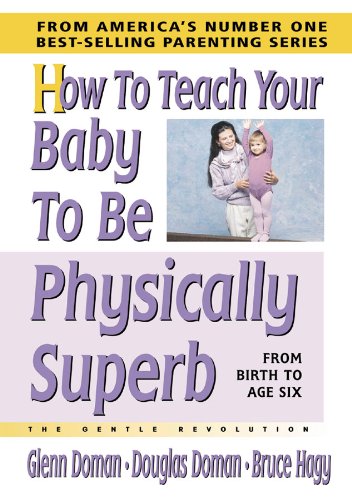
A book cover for How to Teach Your Baby to Be Physically Superb (The Gentle Revolution Series); Glenn Doman; Health, Fitness & Dieting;